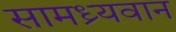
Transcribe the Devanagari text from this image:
सामध्र्यवान